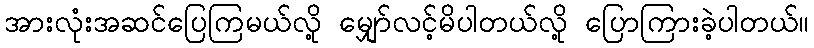
အားလုံးအဆင်ပြေကြမယ်လို့ မျှော်လင့်မိပါတယ်လို့ ပြောကြားခဲ့ပါတယ်။